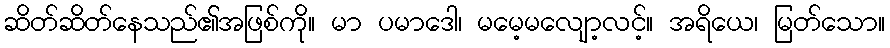
ဆိတ်ဆိတ်နေသည်၏အဖြစ်ကို။ မာ ပမာဒေါ၊ မမေ့မလျော့လင့်။ အရိယေ၊ မြတ်သော။